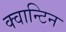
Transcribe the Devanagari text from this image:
क्वान्टिन